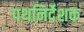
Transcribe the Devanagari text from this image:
पथनिर्देशक